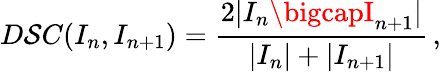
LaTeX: D\mathcal{S}C(I_{n},I_{n+1})=\frac{{2|I_{n}\bigcapI_{n+1}|}}{{|I_{n}|+|I_{n+1}|}}\, ,